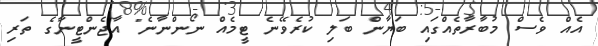
އެއް ވެސް މުބާރާތެއްގައި ބަޔާން ބަލި ކުރެވޭނެ ޓީމެއް ނޯންނާނެ" އާޖެންޓީނާގެ ތަރި